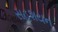
સહશયન